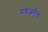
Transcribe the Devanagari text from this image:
पंचअरीय